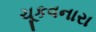
ચૂકવનારા